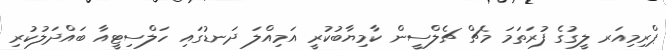
ޕްރިމިއަރ ލީގުގެ ފުރަތަމަ މެޗް ޗެލްސީން ކާމިޔާބުކުރީ އަމިއްލަ ދަނޑުގައި ހަލްސިޓީއާ ބައްދަލުކުރި